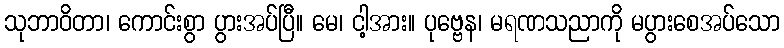
သုဘာဝိတာ၊ ကောင်းစွာ ပွားအပ်ပြီ။ မေ၊ ငါ့အား။ ပုဗ္ဗေန၊ မရဏသညာကို မပွားစေအပ်သော